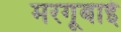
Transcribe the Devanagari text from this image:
मरगूबाई